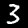
Digit: 3